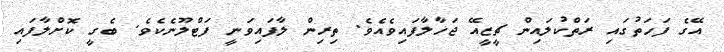
އޭގެ ފަހަތުގައި ރަތްކުލައިން ޗީޒީއޭ ޖަހާލާފައިވެއެވެ. ތިރިން ލާފައިވަނީ ފަޓްލޫނެކެވެ. ބެގީ ކޮށްލާފައި